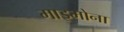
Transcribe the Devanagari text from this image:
माइमोना